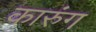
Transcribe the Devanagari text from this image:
कारुंग